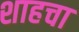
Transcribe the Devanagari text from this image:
शाहचा